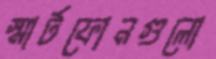
স্মার্টফোনগুলো